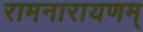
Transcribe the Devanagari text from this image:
रामनारायणम्